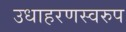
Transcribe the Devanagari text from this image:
उधाहरणस्वरुप